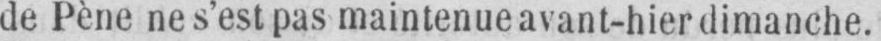
de Pène ne s’est pas maintenue avant-hier dimanche.